Scientific memoirs by medical officers of the Army of India - Part III,
Year: 1887
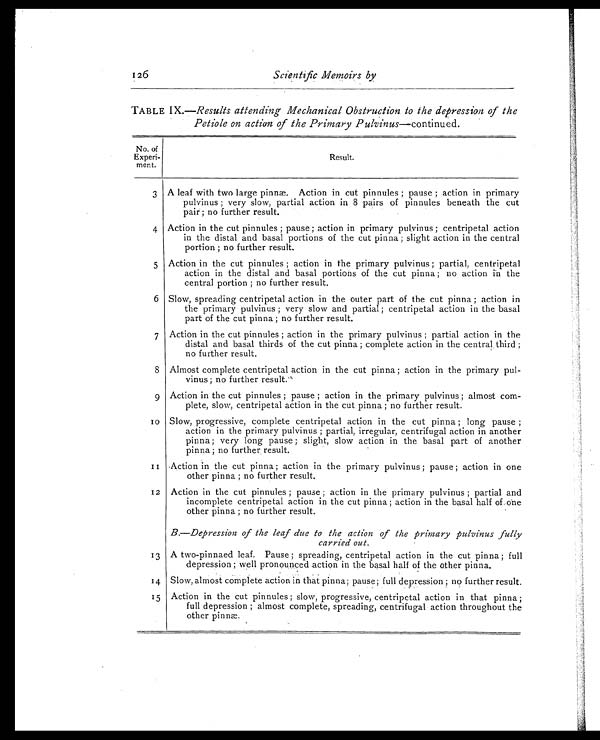
126 Scientific Memoirs by
TABLE IX.—Results attending Mechanical Obstruction to the depression of the
Petiole on action of the Primary Pulvinus —continued.
No. of
Experi-
ment.
Result.
3 A leaf with two large pinnæ. Action in cut pinnules ; pause ; action in primary
pulvinus ; very slow, partial action in 8 pairs of pinnules beneath the cut
pair ; no further result.
4 Action in the cut pinnules ; pause ; action in primary pulvinus ; centripetal action
in the distal and basal portions of the cut pinna ; slight action in the central
portion ; no further result.
5 Action in the cut pinnules ; action in the primary pulvinus ; partial, centripetal
action in the distal and basal portions of the cut pinna ; no action in the
central portion ; no further result.
6 Slow, spreading centripetal action in the outer part of the cut pinna ; action in
the primary pulvinus ; very slow and partial ; centripetal action in the basal
part of the cut pinna ; no further result.
7 Action in the cut pinnules ; action in the primary pulvinus ; partial action in the
distal and basal thirds of the cut pinna ; complete action in the central third ;
no further result.
8 Almost complete centripetal action in the cut pinna ; action in the primary pul-
vinus ; no further result.
9 Action in the cut pinnules ; pause ; action in the primary pulvinus ; almost com-
plete, slow, centripetal action in the cut pinna ; no further result.
1 0 Slow, progressive, complete centripetal action in the cut pinna ; long pause ;
action in the primary pulvinus ; partial, irregular, centrifugal action in another
pinna ; very long pause ; slight, slow action in the basal part of another
pinna ; no further result.
11 Action in the cut pinna ; action in the primary pulvinus ; pause ; action in one
other pinna ; no further result.
12 Action in the cut pinnules ; pause ; action in the primary pulvinus ; partial and
incomplete centripetal action in the cut pinna ; action in the basal half of one
other pinna ; no further result.
B.—Depression of the leaf due to the action of the primary pulvinus fully
carried out.
13 A two-pinnaed leaf. Pause ; spreading, centripetal action in the cut pinna ; full
depression ; well pronounced action in the basal half of the other pinna.
14 Slow, almost complete action in that pinna; pause; full depression ; no further result.
15 Action in the cut pinnules ; slow, progressive, centripetal action in that pinna ;
full depression ; almost complete, spreading, centrifugal action throughout the
other pinnæ.